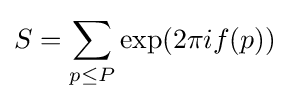
S=\sum _{p\leq P}\exp(2\pi if(p))